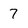
Character: 7